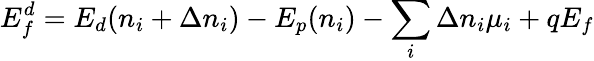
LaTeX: E_{f}^{d}=E_{d}(n_{i}+\Delta n_{i})-E_{p}(n_{i})-\sum_{i}\Delta n_{i}\mu_{i}+qE_{f}